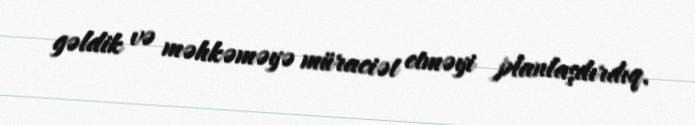
gəldik və məhkəməyə müraciət etməyi planlaşdırdıq.